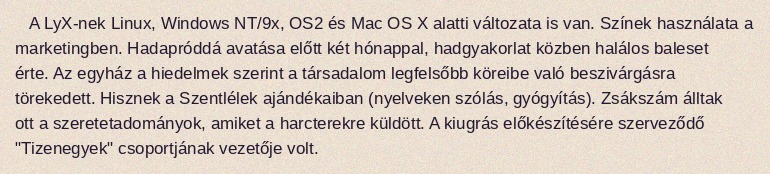
A LyX-nek Linux, Windows NT/9x, OS2 és Mac OS X alatti változata is van. Színek használata a marketingben. Hadapróddá avatása előtt két hónappal, hadgyakorlat közben halálos baleset érte. Az egyház a hiedelmek szerint a társadalom legfelsőbb köreibe való beszivárgásra törekedett. Hisznek a Szentlélek ajándékaiban (nyelveken szólás, gyógyítás). Zsákszám álltak ott a szeretetadományok, amiket a harcterekre küldött. A kiugrás előkészítésére szerveződő "Tizenegyek" csoportjának vezetője volt.